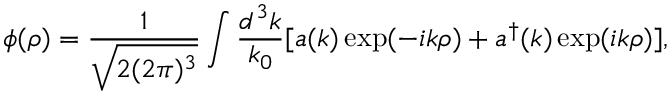
\phi ( \rho ) = \frac { 1 } { \sqrt { 2 ( 2 \pi ) ^ { 3 } } } \int \frac { d ^ { 3 } k } { k _ { 0 } } [ a ( k ) \exp ( - i k \rho ) + a ^ { \dagger } ( k ) \exp ( i k \rho ) ] ,